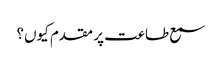
سمع طاعت پر مقدم کیوں؟